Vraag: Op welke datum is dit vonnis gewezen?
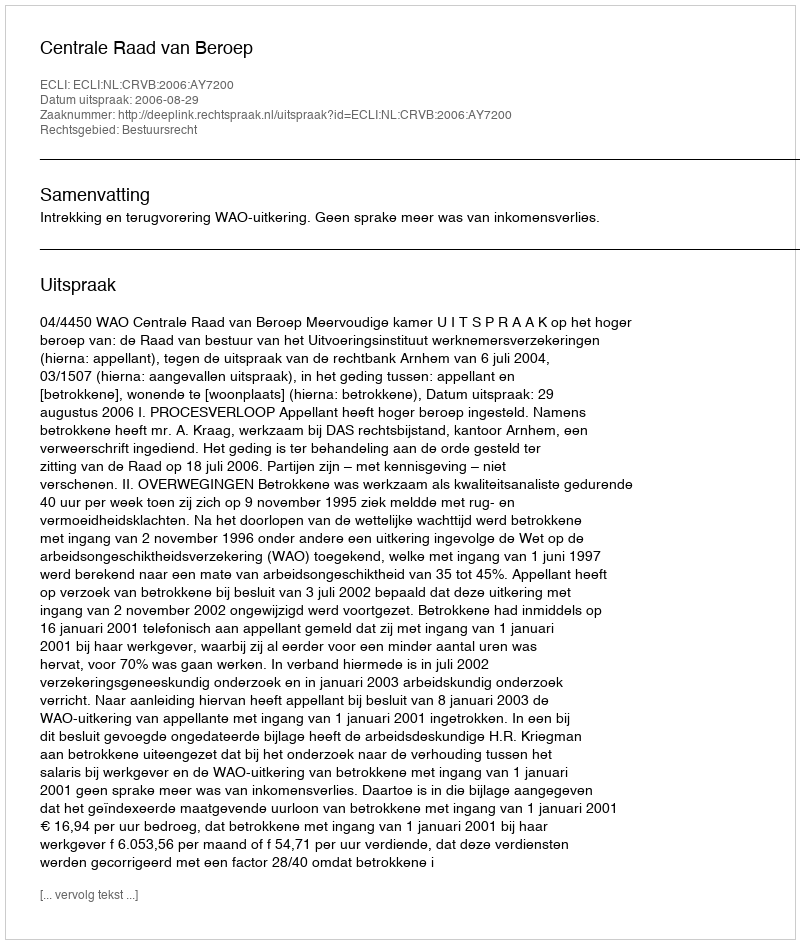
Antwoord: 2006-08-29